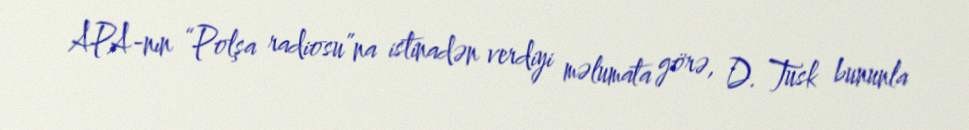
APA-nın “Polşa radiosu”na istinadən verdiyi məlumata görə, D. Tusk bununla